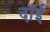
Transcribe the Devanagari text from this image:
दाँईं